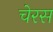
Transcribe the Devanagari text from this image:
चेरस